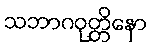
သဘာဂဝုတ္တိနော